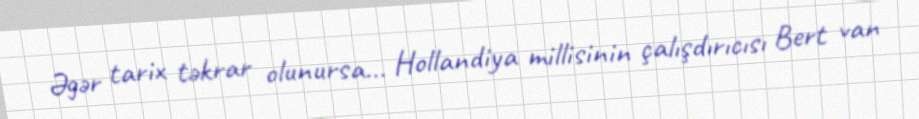
Əgər tarix təkrar olunursa... Hollandiya millisinin çalışdırıcısı Bert van